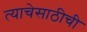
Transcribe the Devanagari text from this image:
त्याचेसाठीची